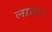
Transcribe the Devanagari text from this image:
लाय।।